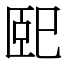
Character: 巸